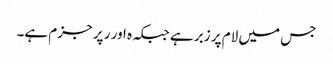
جس میں لام پر زبر ہے جبکہ ہ اور ر پر جزم ہے۔